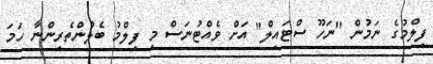
ފިލްމުގެ ނަމުން "ނަހޫ ސްޓައިލް" އަށް ވެއްޓުނަސް މި ފިލްމު ބެލުންތެރިންނާ ހަމަ